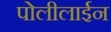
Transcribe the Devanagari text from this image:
पोलीलाईन